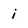
Character: i